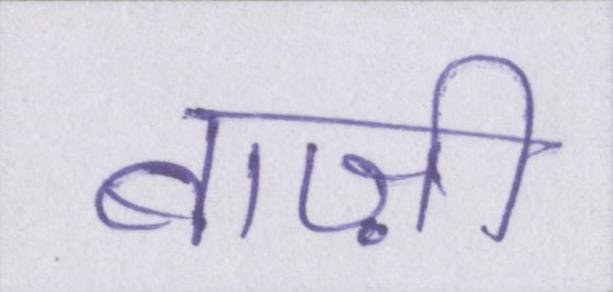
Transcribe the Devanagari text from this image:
बाज़ी